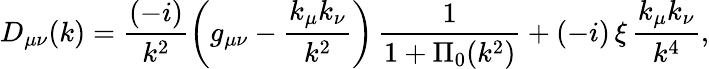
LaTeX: D_{\mu\nu}(k)=\frac{(-i)}{k^{2}}\left(g_{\mu\nu}-\frac{k_{\mu}k_{\nu}}{k^{2}}\right)\, \frac{1}{1+\Pi_{0}(k^{2})}+(-i)\, \xi\, \frac{k_{\mu}k_{\nu}}{k^{4}},